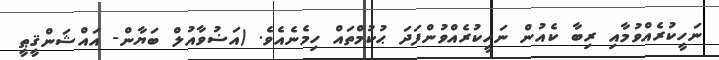
ނަހީކުރެއްވުމާއި ރިބާ ކެއުން ނަހީކުރެއްވުންފަދަ ޙުކުމްތައް ހިމެނެއެވެ. (އަޟުވާއުލް ބަޔާން- އައްޝަންޤީޠީ